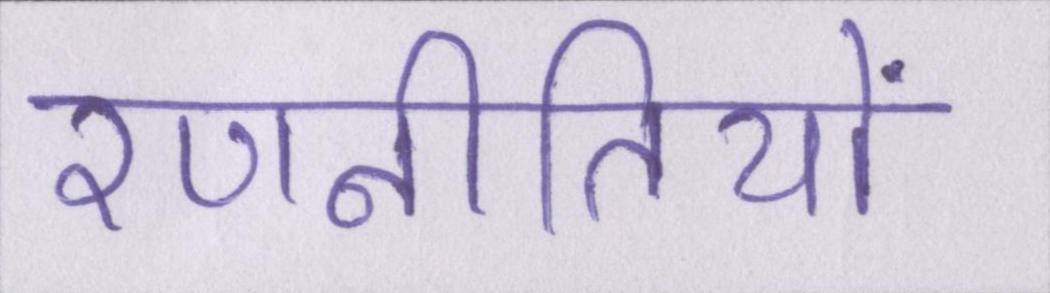
रणनीतियों